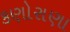
કણોરાણા